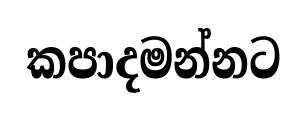
කපාදමන්නට